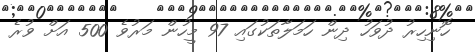
ހޮނިހިރު ދުވަހު ދިން ހަމަލާތަކުގައި 97 މީހުން މަރުވެ 500 އަށް ވުރެ